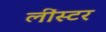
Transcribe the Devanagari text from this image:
लींस्टर